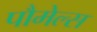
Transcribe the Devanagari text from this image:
पौमेल्स